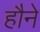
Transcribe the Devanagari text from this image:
हौने